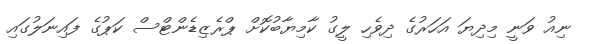
ނިއު ވަނީ މިދިޔަ އަހަރުގެ ދިވެހި ލީގު ކާމިޔާބުކޮށް ޕްރެޒިޑެންޓްސް ކަޕުގެ ފައިނަލުގައި